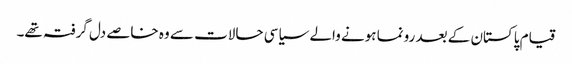
قیام پاکستان کے بعد رونما ہونے والے سیاسی حالات سے وہ خاصے دل گرفتہ تھے۔